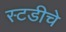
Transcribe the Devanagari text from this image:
स्टडीचे